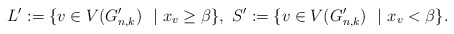
\begin{align*} L^{\prime}:=\{v\in V(G_{n,k}^{\prime})\ \ | \ x_v\ge \beta\}, \ S^{\prime}:=\{v\in V(G_{n,k}^{\prime})\ \ | \ x_v< \beta\}.\end{align*}